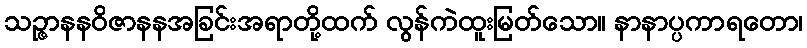
သဉ္ဇာနနဝိဇာနနအခြင်းအရာတို့ထက် လွန်ကဲထူးမြတ်သော။ နာနာပ္ပကာရတော၊